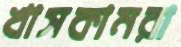
খাসকামরা